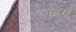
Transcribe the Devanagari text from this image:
बॉटर्स